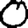
Digit: 0